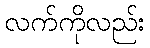
လက်ကိုလည်း